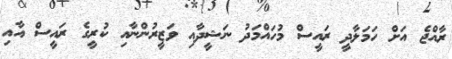
ރާއްޖެ އަށް ހަމަލާދީ ރައީސް މުހައްމަދު ނަޝީދާއި ވަޒީރުންނާއި ކުރީގެ ރައީސް އާއި